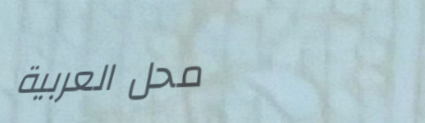
محل العربية